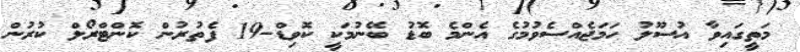
މަތީގައިވާ އުސޫލު ހަމަޖެއްސެވުމުގެ އެންމެ ބޮޑު ބޭނުމަކީ ކޮވިޑް-19 ފެތުރުން ކޮންޓްރޯލް ކުރުން